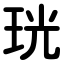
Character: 珖